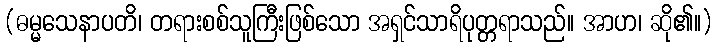
(ဓမ္မသေနာပတိ၊ တရားစစ်သူကြီးဖြစ်သော အရှင်သာရိပုတ္တရာသည်။ အာဟ၊ ဆို၏။)